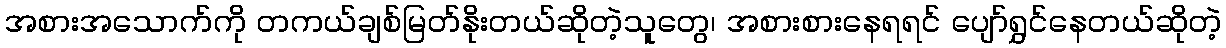
အစားအသောက်ကို တကယ်ချစ်မြတ်နိုးတယ်ဆိုတဲ့သူတွေ၊ အစားစားနေရရင် ပျော်ရွှင်နေတယ်ဆိုတဲ့